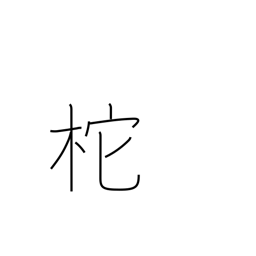
Meaning: helm